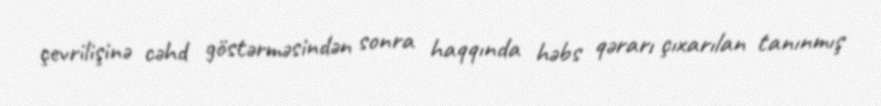
çevrilişinə cəhd göstərməsindən sonra haqqında həbs qərarı çıxarılan tanınmış